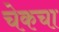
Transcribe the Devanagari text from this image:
चेकचा